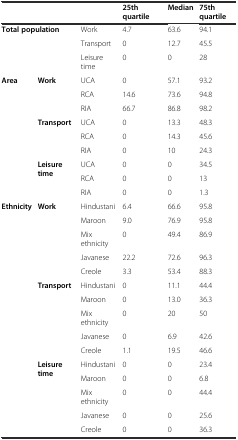
|  |  |  | 25th quartile | Median | 75th quartile |
 | --- | --- | --- | --- | --- | --- |
 | <ROWSPAN=3-COLSPAN=2> Total population | Work | 4.7 | 63.6 | 94.1 |
 | Transport | 0 | 12.7 | 45.5 |
 | Leisure time | 0 | 0 | 28 |
 | <ROWSPAN=3> Area | <ROWSPAN=3> Work | UCA | 0 | 57.1 | 93.2 |
 | RCA | 14.6 | 73.6 | 94.8 |
 | RIA | 66.7 | 86.8 | 98.2 |
 | <ROWSPAN=3>  | <ROWSPAN=3> Transport | UCA | 0 | 13.3 | 48.3 |
 | RCA | 0 | 14.3 | 45.6 |
 | RIA | 0 | 10 | 24.3 |
 | <ROWSPAN=3>  | <ROWSPAN=3> Leisure time | UCA | 0 | 0 | 34.5 |
 | RCA | 0 | 0 | 13 |
 | RIA | 0 | 0 | 1.3 |
 | <ROWSPAN=5> Ethnicity | <ROWSPAN=5> Work | Hindustani | 6.4 | 66.6 | 95.8 |
 | Maroon | 9.0 | 76.9 | 95.8 |
 | Mix ethnicity | 0 | 49.4 | 86.9 |
 | Javanese | 22.2 | 72.6 | 96.3 |
 | Creole | 3.3 | 53.4 | 88.3 |
 | <ROWSPAN=10>  | <ROWSPAN=5> Transport | Hindustani | 0 | 11.1 | 44.4 |
 | Maroon | 0 | 13.0 | 36.3 |
 | Mix ethnicity | 0 | 20 | 50 |
 | Javanese | 0 | 6.9 | 42.6 |
 | Creole | 1.1 | 19.5 | 46.6 |
 | <ROWSPAN=5> Leisure time | Hindustani | 0 | 0 | 23.4 |
 | Maroon | 0 | 0 | 6.8 |
 | Mix ethnicity | 0 | 0 | 44.4 |
 | Javanese | 0 | 0 | 25.6 |
 | Creole | 0 | 0 | 36.3 |